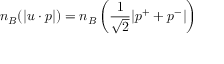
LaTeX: n _ { B } ( | u \cdot p | ) = n _ { B } \left( \frac { 1 } { \sqrt { 2 } } | p ^ { + } + p ^ { - } | \right)